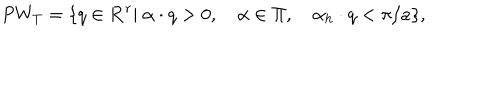
P W _ { T } = \{ q \in { \bf R } ^ { r } | \ \alpha \cdot q > 0 , \quad \alpha \in \Pi , \quad \alpha _ { h } \cdot q < \pi / a \} ,